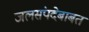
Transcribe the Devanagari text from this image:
जलसंपदेबाबत